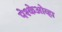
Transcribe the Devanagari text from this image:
पेश्केओव्हा